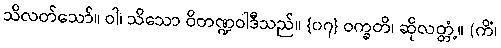
သိလတ်သော်။ ဝါ၊ သိသော ဝိတဏ္ဍဝါဒီသည်။ {၀၇} ဝက္ခတိ၊ ဆိုလတ္တံ့။ (ကိံ၊